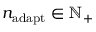
n _ { \mathrm { a d a p t } } \in \ensuremath { \mathbb { N } } _ { + }